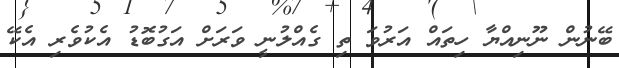
ބޭނުން ނޫނިއްޔާ ހިތައް އަރުވަ ތި ގެއްލުނީ ވަރަށް އަގުބޮޑު އެކުވެރި އެކޭ